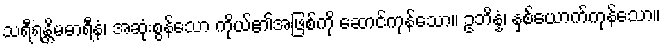
သရီရန္တိမဓာရီနံ၊ အဆုံးစွန်သော ကိုယ်၏အဖြစ်ကို ဆောင်ကုန်သော။ ဥဘိန္နံ၊ နှစ်ယောက်ကုန်သော။